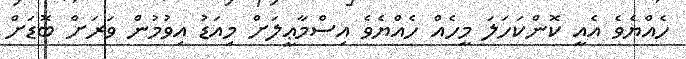
ހެއްޔެވެ އެއީ ކޮންކަހަލަ މީހެއް ހެއްޔެވެ އިސްމާޢީލަށް މިއަޑު އިވުމުން ވަރަށް ބޮޑަށް